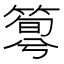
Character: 𥰴